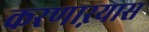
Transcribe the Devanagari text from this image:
करणाऱयास